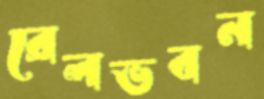
রেলভবন